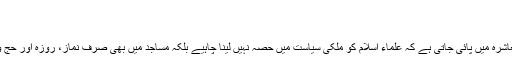
مارچ ۲۰۰۲ء)
zahidrashdi.org/13
آج کل ایک گمراہ کن غلطی عام طور پر ہمارے معاشرہ میں پائی جاتی ہے کہ علماء اسلام کو ملکی سیاست میں حصہ نہیں لینا چاہیے بلکہ مساجد میں بھی صرف نماز، روزہ اور حج وغیرہ عبادات و اخلاقیات ہی کی بات کرنی چاہیے۔